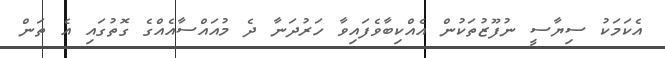
އެކަމަކު ސިޔާސީ ނުފޫޒުތަކުން އެއްކިބާވެފައިވާ ހަރުދަނާ ދެ މުއައްސާއެއްގެ ގޮތުގައި އެ ތަން